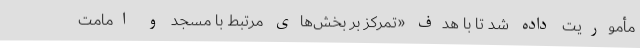
مأموریت داده شد تا با هدف «تمرکز بر بخش‌های مرتبط با مسجد و امامت